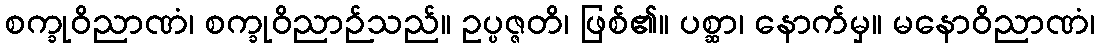
စက္ခုဝိညာဏံ၊ စက္ခုဝိညာဉ်သည်။ ဥပ္ပဇ္ဇတိ၊ ဖြစ်၏။ ပစ္ဆာ၊ နောက်မှ။ မနောဝိညာဏံ၊